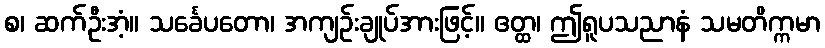
စ၊ ဆက်ဦးအံ့။ သင်္ခေပတော၊ အကျဉ်းချုပ်အားဖြင့်။ ဧတ္ထ၊ ဤရူပသညာနံ သမတိက္ကမာ